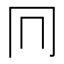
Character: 𠔽